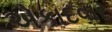
એકાદવાર